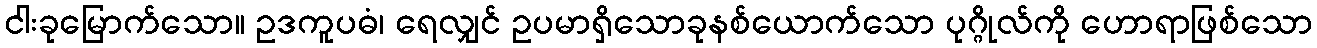
ငါးခုမြောက်သော။ ဥဒကူပဓံ၊ ရေလျှင် ဥပမာရှိသောခုနစ်ယောက်သော ပုဂ္ဂိုလ်ကို ဟောရာဖြစ်သော